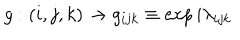
LaTeX: g : ( i , j , k ) \rightarrow g _ { i j k } \equiv \exp { i \lambda _ { i j k } }